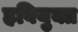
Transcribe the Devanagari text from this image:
हवियुक्त